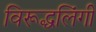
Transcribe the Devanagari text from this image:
विरूद्धलिंगी